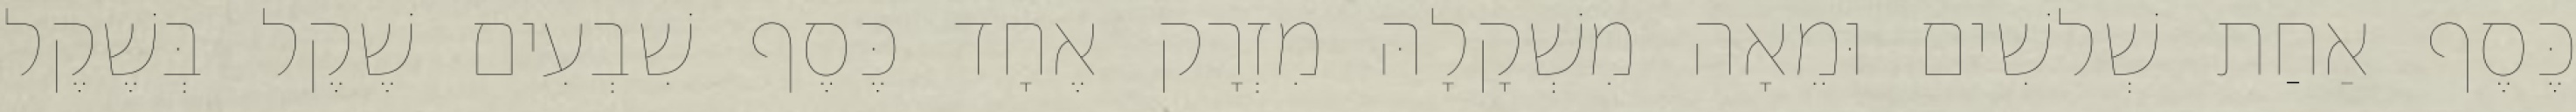
כֶּסֶף אַחַת שְׁלשִׁים וּמֵאָה מִשְׁקָלָהּ מִזְרָק אֶחָד כֶּסֶף שִׁבְעִים שֶׁקֶל בְּשֶׁקֶל